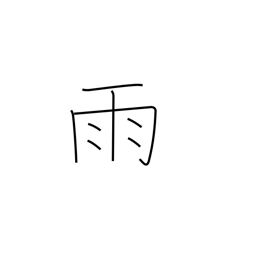
Meaning: rain